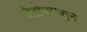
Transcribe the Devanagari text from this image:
वेटोळ्यातुन